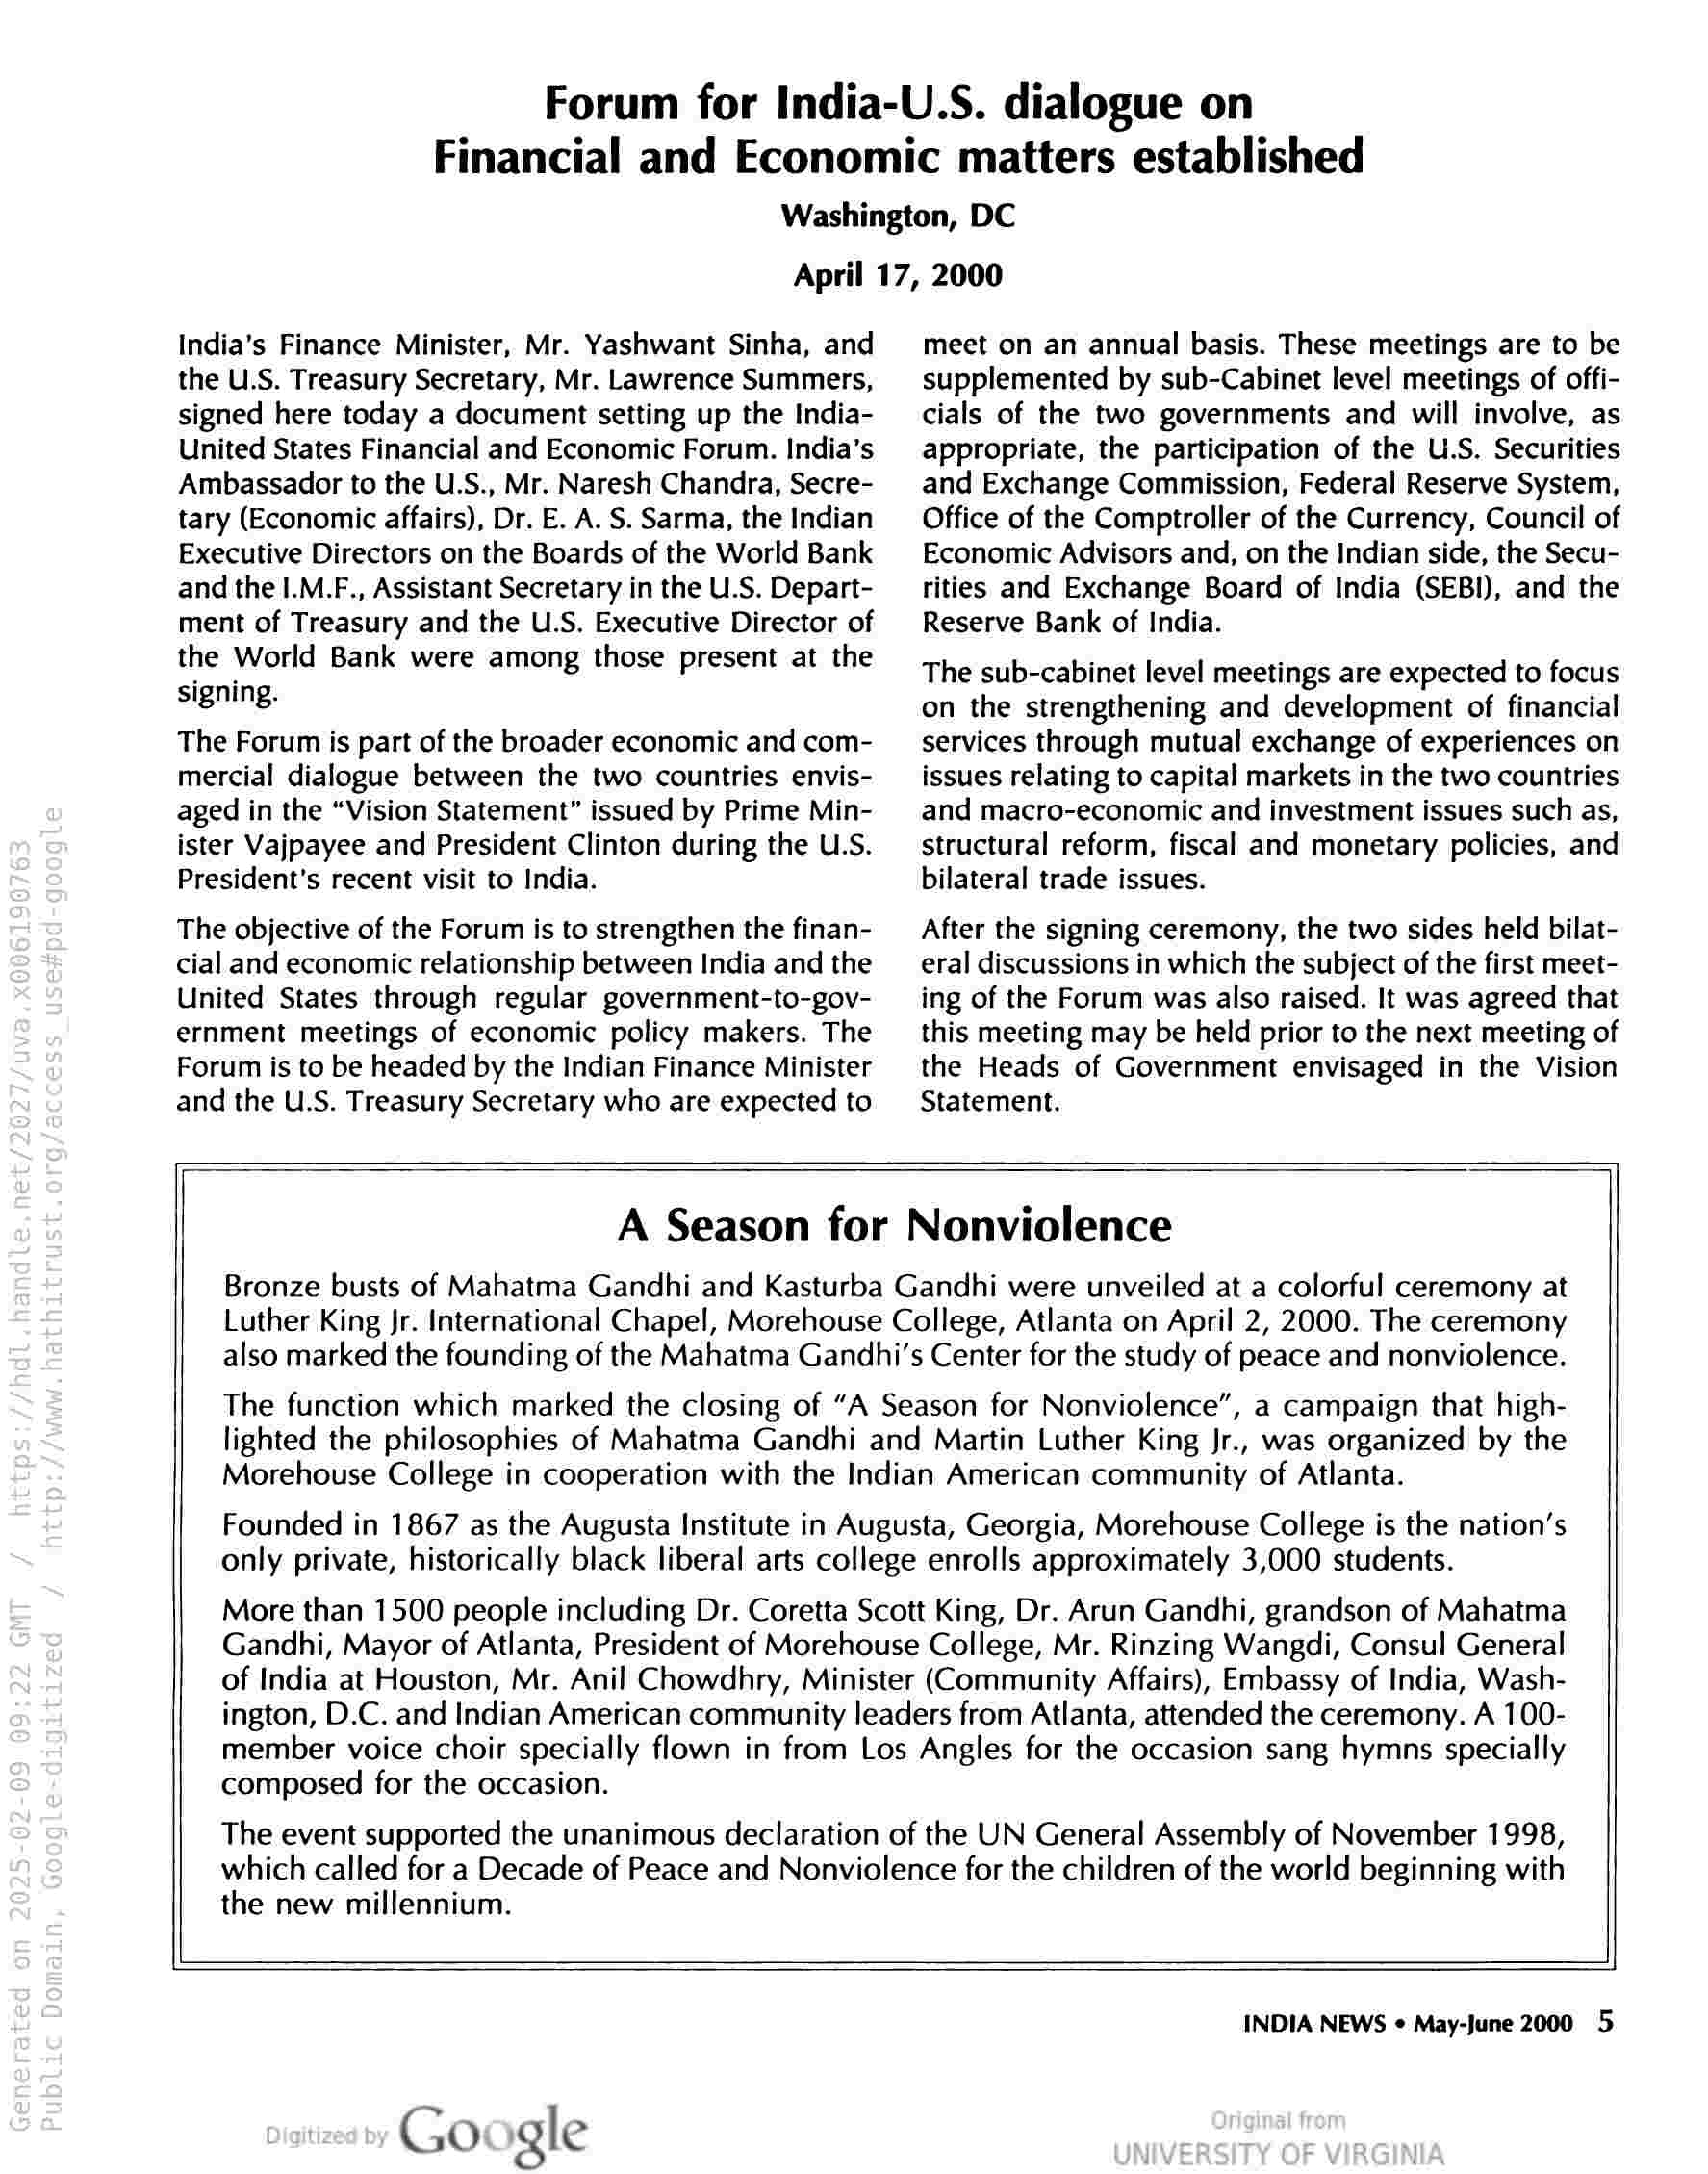
Forum for India-U.S. dialogue on
Financial and Economic matters established
Washington, DC
April 17, 2000

India’s Finance Minister, Mr. Yashwant Sinha, and
the U.S. Treasury Secretary, Mr. Lawrence Summers,
signed here today a document setting up the India-
United States Financial and Economic Forum. India’s
Ambassador to the U.S., Mr. Naresh Chandra, Secre-
tary (Economic affairs), Dr. E. A. S. Sarma, the Indian
Executive Directors on the Boards of the World Bank
and the I.M.F., Assistant Secretary in the U.S. Depart-
ment of Treasury and the U.S. Executive Director of
the World Bank were among those present at the
signing.

The Forum is part of the broader economic and com-
mercial dialogue between the two countries envis-
aged in the “Vision Statement” issued by Prime Min-
ister Vajpayee and President Clinton during the U.S.
President's recent visit to India.

The objective of the Forum is to strengthen the finan-
cial and economic relationship between India and the
United States through regular government-to-gov-
ernment meetings of economic policy makers. The
Forum is to be headed by the Indian Finance Minister
and the U.S. Treasury Secretary who are expected to

meet on an annual basis. These meetings are to be
supplemented by sub-Cabinet level meetings of offi-
cials of the two governments and will involve, as
appropriate, the participation of the U.S. Securities
and Exchange Commission, Federal Reserve System,
Office of the Comptroller of the Currency, Council of
Economic Advisors and, on the Indian side, the Secu-
tities and Exchange Board of India (SEBI), and the
Reserve Bank of India.

The sub-cabinet level meetings are expected to focus
on the strengthening and development of financial
services through mutual exchange of experiences on
issues relating to capital markets in the two countries
and macro-economic and investment issues such as,
structural reform, fiscal and monetary policies, and
bilateral trade issues.

After the signing ceremony, the two sides held bilat-
eral discussions in which the subject of the first meet-
ing of the Forum was also raised. It was agreed that
this meeting may be held prior to the next meeting of
the Heads of Government envisaged in the Vision
Statement.

composed for the occasion.

the new millennium.

A Season for Nonviolence

Bronze busts of Mahatma Gandhi and Kasturba Gandhi were unveiled at a colorful ceremony at
Luther King Jr. International Chapel, Morehouse College, Atlanta on April 2, 2000. The ceremony
also marked the founding of the Mahatma Gandhi's Center for the study of peace and nonviolence.

The function which marked the closing of “A Season for Nonviolence”, a campaign that high-
lighted the philosophies of Mahatma Gandhi and Martin Luther King Jr., was organized by the
Morehouse College in cooperation with the Indian American community of Atlanta.

Founded in 1867 as the Augusta Institute in Augusta, Georgia, Morehouse College is the nation’s
only private, historically black liberal arts college enrolls approximately 3,000 students.

More than 1500 people including Dr. Coretta Scott King, Dr. Arun Gandhi, grandson of Mahatma
Gandhi, Mayor of Atlanta, President of Morehouse College, Mr. Rinzing Wangdi, Consul General
of India at Houston, Mr. Anil Chowdhry, Minister (Community Affairs), Embassy of India, Wash-
ington, D.C. and Indian American community leaders from Atlanta, attended the ceremony. A 100-
member voice choir specially flown in from Los Angles for the occasion sang hymns specially

The event supported the unanimous declaration of the UN General Assembly of November 1998,
which called for a Decade of Peace and Nonviolence for the children of the world beginning with

Google

INDIA NEWS ¢ May-June 2000 5